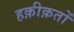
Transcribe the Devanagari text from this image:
हक़ीक़तों